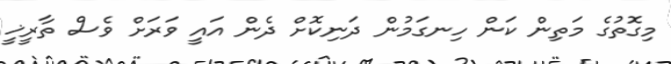
މިގޮތުގެ މަތިން ކަން ހިނގަމުން ދަނިކޮށް ދެން އައީ ވަރަށް ވެސް ތާރީޚީ